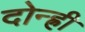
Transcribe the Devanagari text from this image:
दोन्ह्री